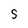
Character: S